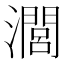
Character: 𤁵